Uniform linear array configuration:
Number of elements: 64
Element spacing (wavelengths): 0.25
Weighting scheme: cosine
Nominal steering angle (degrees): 0
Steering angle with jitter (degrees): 1.971
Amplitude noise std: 0.05
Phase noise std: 0.05

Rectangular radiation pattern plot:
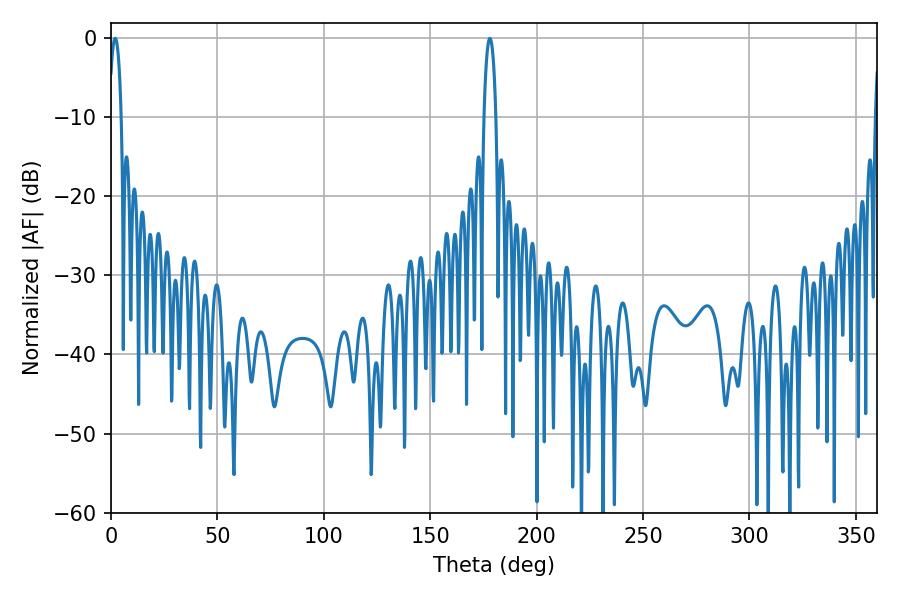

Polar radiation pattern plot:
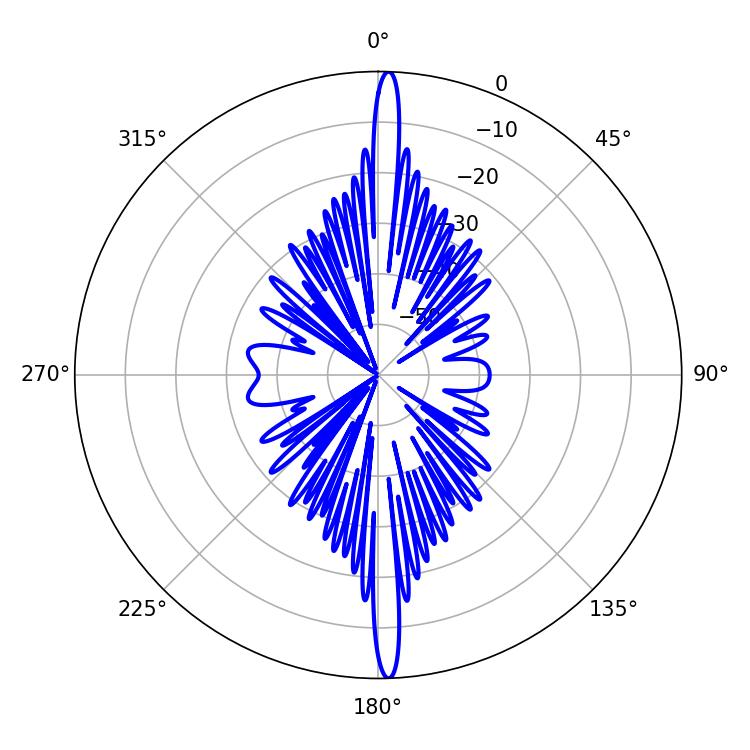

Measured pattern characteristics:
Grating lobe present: FALSE
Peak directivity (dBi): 26.577
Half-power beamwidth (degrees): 3.24
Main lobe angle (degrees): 1.98